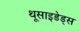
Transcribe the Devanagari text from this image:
थूसाइडेड्स